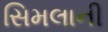
સિમલાની